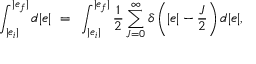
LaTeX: \int _ { | e _ { i } | } ^ { | e _ { f } | } d | e | ~ = ~ \int _ { | e _ { i } | } ^ { | e _ { f } | } \frac { 1 } { 2 } \sum _ { J = 0 } ^ { \infty } \delta \left( | e | - \frac { J } { 2 } \right) d | e | ,